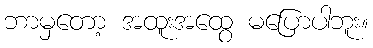
ဘာမှတော့ အထူးအထွေ မပြောပါဘူး။